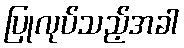
ပြုလုပ်သည့်အခါ